Indian Medical Review
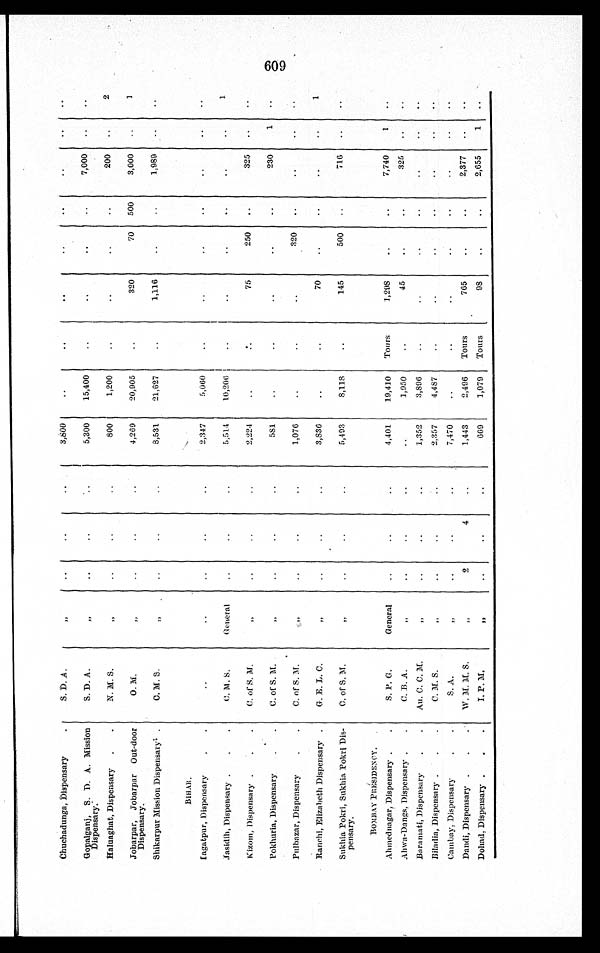
Chuchadunga, Dispensary
S. D. A.
„
3,800
Gopalganj, S. D. A. Mission
Dispensary.
S. D. A.
„
5,300
15,400
7,000
Haluaghat, Dispensary
N. M. S.
„
800
1,200
200
2
Jobarpar, Jobarpar Out-door
Dispensary.
O. M.
„
4,269
20,905
320
70
500
3,000
1
Shikarpur Mission Dispensary
C. M. S.
„
8,531
21,627
1,116
1,989
B I H A R .
Iagatpur, Dispensary
2,347
5,060
Jasidih, Dispensary
C. M. S.
General
5,514
10,206
1
Kizom, Dispensary
C. of S. M.
„
2,224
75
250
325
Pokhuria, Dispensary
C. of S. M.
„
581
230
1
Pulbazar, Dispensary
C. of S. M.
„
1,076
320
Ranchi, Elizabeth Dispensary
G. E. L. C.
„
3,836
70
1
Sukhia Pokri, Sukhia Pokri Dis-
pensary.
C. of S. M.
„
5,493
8,118
145
500
716
BOMBAY PRESIDENCY.
Ahmednagar, Dispensary
S. P. G.
General
4,401
19,410
Tours
1,298
7,740
1
Ahwa -Dangs, Dispensary
C. B. A.
„
1,950
45
325
Baramati, Dispensary
Au. C. C. M.
„
1,352
3,896
Biladia, Dispensary
C. M. S.
„
2,357
4,487
Cambay, Dispensary
S. A.
„
7,470
Dandi, Dispensary
W. M. M. S.
„
2
4
1,443
2,496
Tours
765
2,377
Dohad, Dispensary
I. P. M.
„
669
1,079
Tours
98
2,655
1